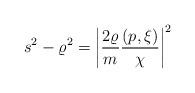
LaTeX: \begin{align*}s^2-\varrho^2=\left|\frac{2\varrho}{m}\frac{(p,\xi)}{\chi}\right|^2\end{align*}